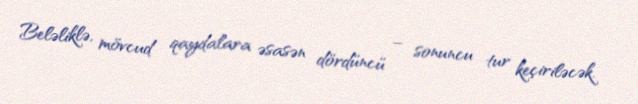
Beləliklə, mövcud qaydalara əsasən dördüncü – sonuncu tur keçiriləcək.